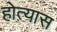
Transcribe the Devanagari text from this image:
होत्यास